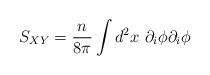
LaTeX: \begin{align*}S_{XY} = \frac{n}{8\pi}\int d^2 x ~\partial_i\phi\partial_i\phi\end{align*}